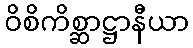
ဝိစိကိစ္ဆာဋ္ဌာနီယာ